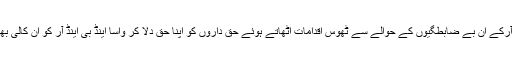
چیف سیکرٹری گلگت بلتستان،وزیر اعلیٰ ،گورنر گلگت بلتستان واسا اینڈ بی اینڈ آرکے ان بے ضابطگیوں کے حوالے سے ٹھوس اقدامات اٹھاتے ہوئے حق داروں کو اپنا حق دلا کر واسا اینڈ بی اینڈ آر کو ان کالی بھیڑوں سے پاک کریں اور ہر مہینے تنخواہ ادا کرنے کے احکامات جاری کریں ۔